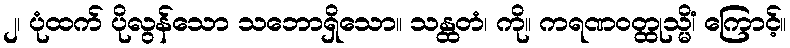
၂၊ ပုံထက် ပိုလွန်သော သဘောရှိသော။ သန္ထတံ၊ ကို။ ကရဏဝတ္ထုသ္မိံ၊ ကြောင့်။